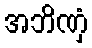
အဘိဏှံ